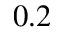
0 . 2